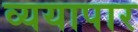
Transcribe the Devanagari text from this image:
व्ययापार